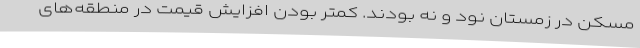
مسکن در زمستان نود و نه بودند. کمتر بودن افزایش قیمت در منطقه‌های